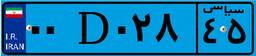
۰۰D۰۲۸۴۵